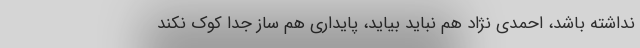
نداشته باشد، احمدی نژاد هم نباید بیاید‌، پایداری هم ساز جدا کوک نکند